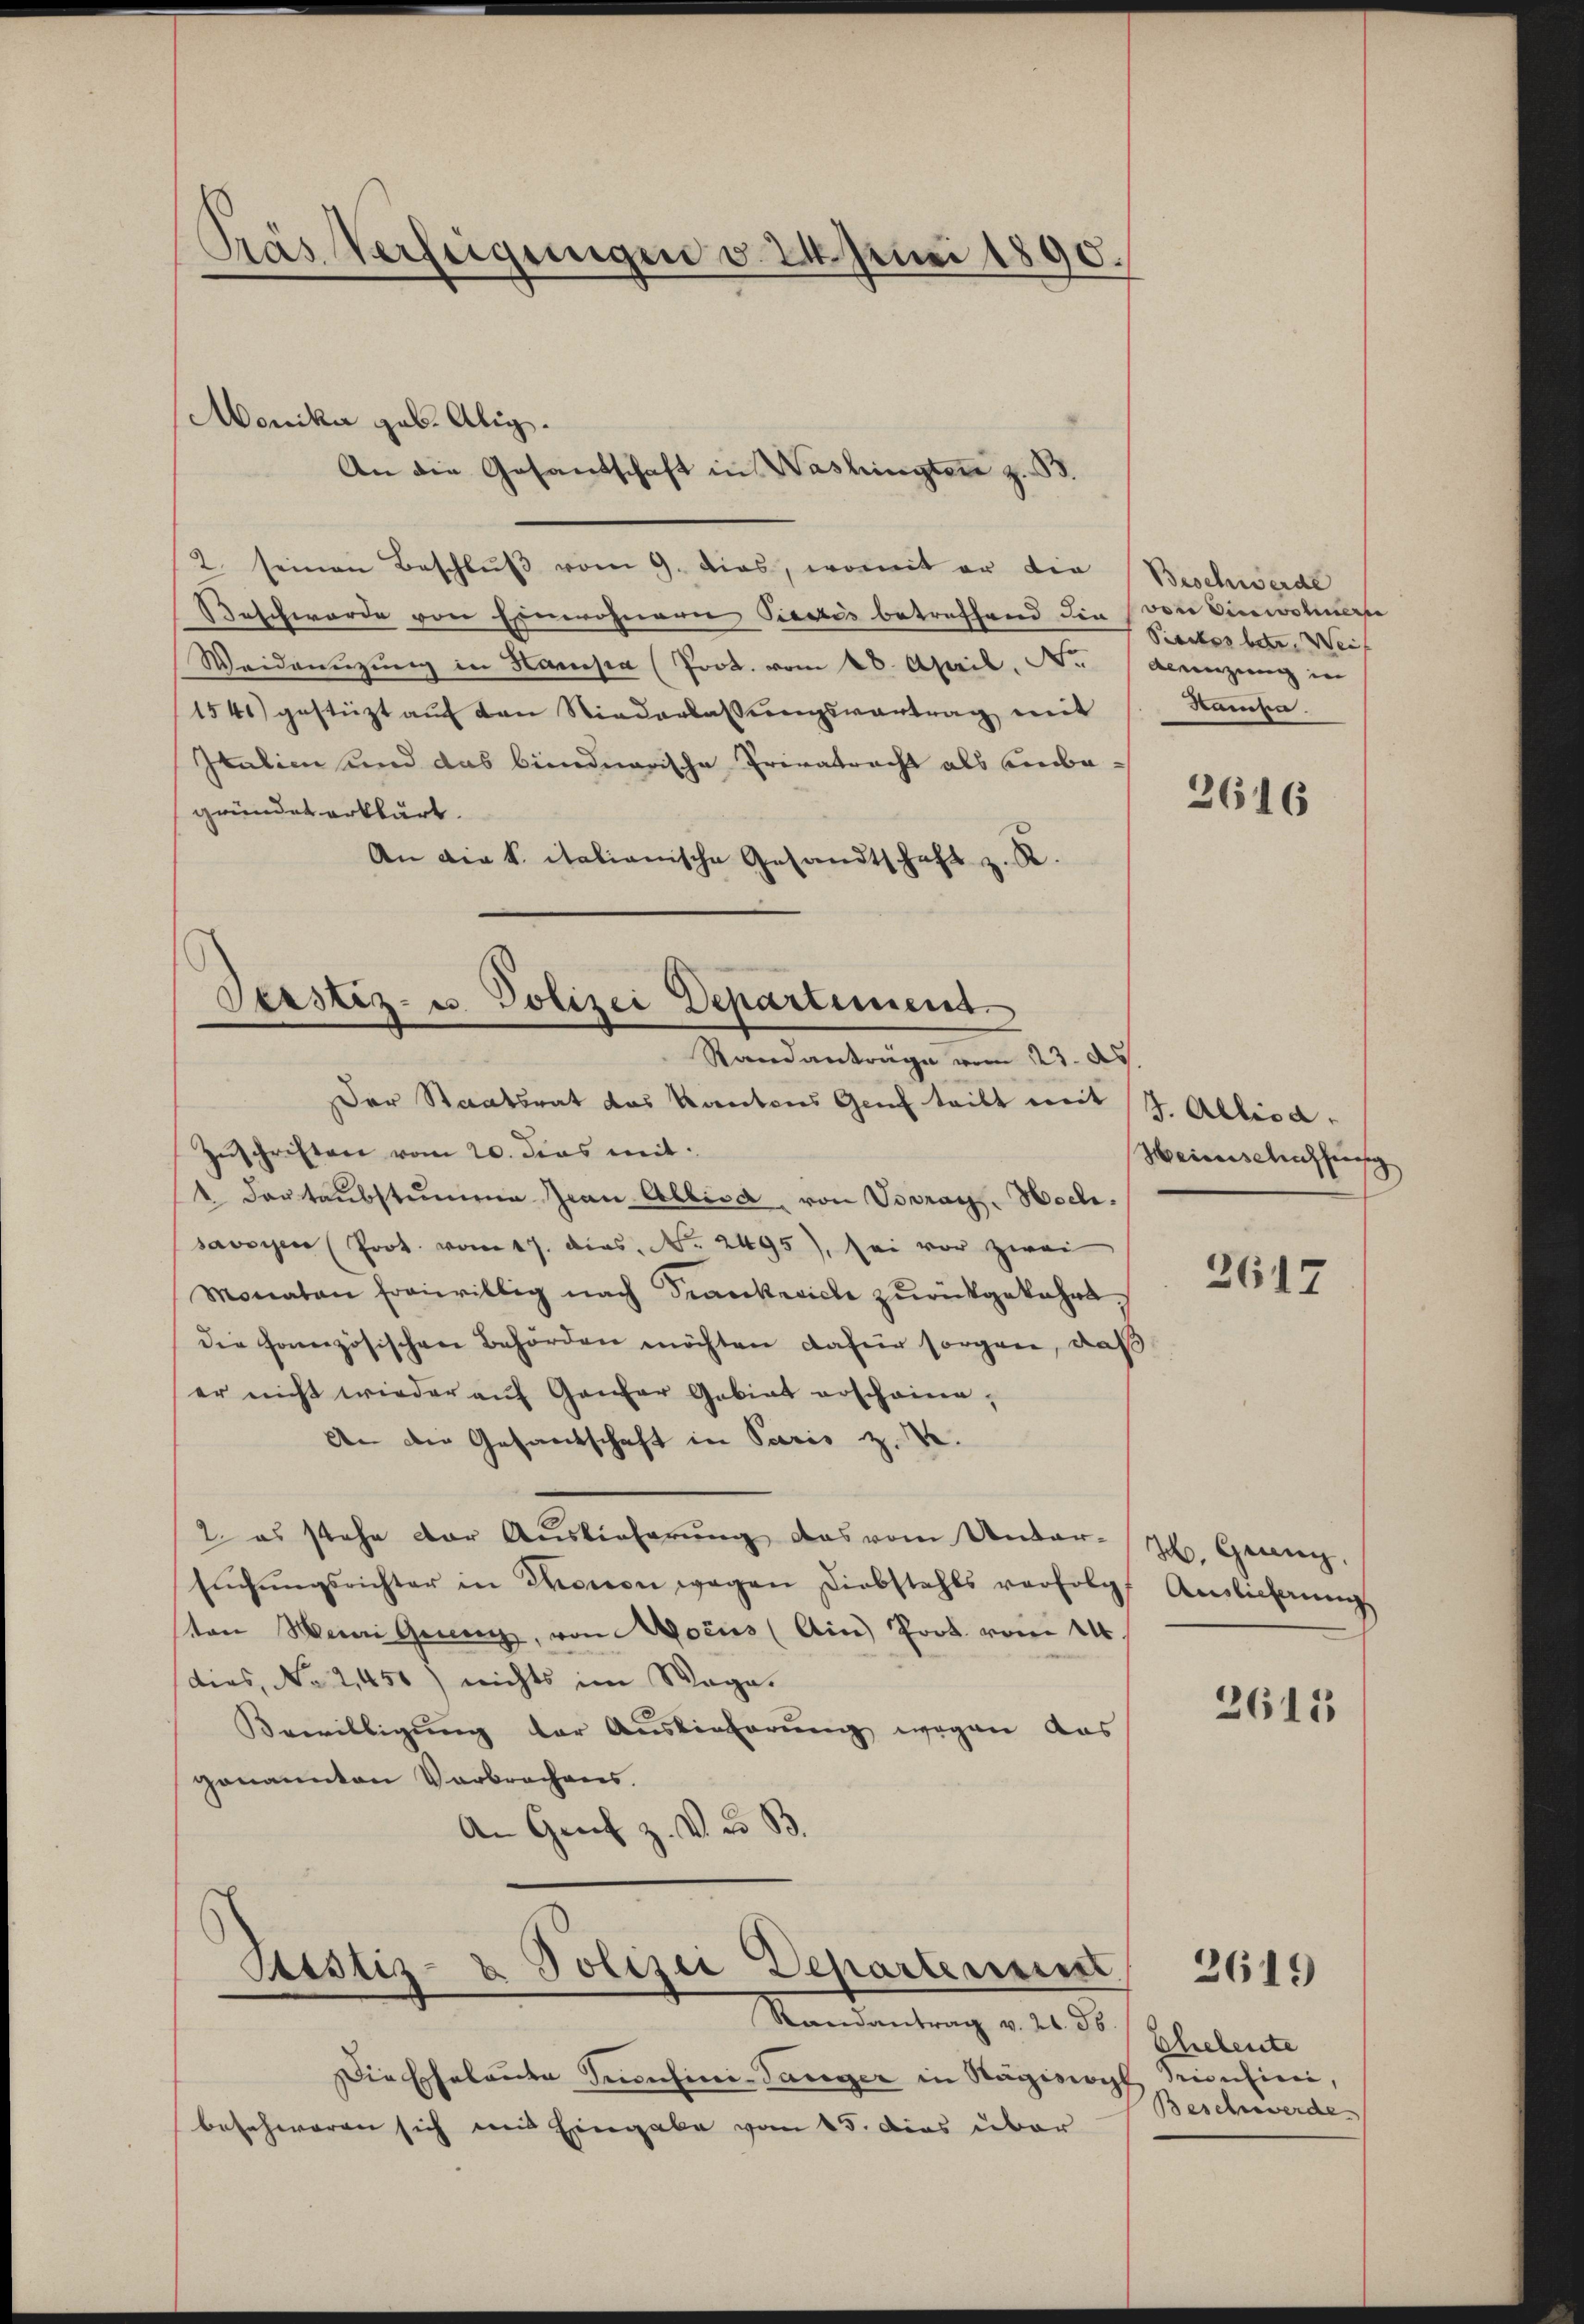
Prás Verfeigungen v. 24. Juni 1890.

Monika geb. Alig.
An die Gesandschaft in Washingten z. B

2. seinen Beschluß vom 9. dies, womit er die
Beschworde von Einwohnere Piectis betreffend die von Einwohnerse
Weidenzung in Hampa (Joot. vom 28. April, N.
1541) gestützt aŭf den Niederlassŭngsvertrag mit
Italien und das bündnerische Privatracht als Einbegründet erklärt.
An die k. italianische Gesandtschaft z. R.
Der Staatsrat das Kantons Genf teilt mit J. Allica¬
Zŭschriften vom 20. dies mit
 Dartaubstumme Jean Albisa, von Vorar. Hochsavoyen (Prot. vom 17. dies. No. 2495), sei vor zwei
Monaten freiwillig nach Trankovich zurückgekehrt
die fonnzösischen Behörden möchten dafür sorgen, daß
er nicht wieder auf Genfer Gebiet erscheine,
An der Gesandschaft in Paris z.
2. es stehe der Auslieferung das vom Unter-
sŭchŭngsrichter in Kronen wegen Diebstahls verfolgt
ton Mein Gener, von Aocus (Ain Prot. vom 14.
(dias, No 2,450) nichts im Wage.
Bewilligung der Auslieferung wegen das
genannten Verbrochens
An Genf z. V. B.

Jesstiz- u. Polizei Departement
Randanträge vom 23. d.

Sistiz- & Polizei Departerun
Randantrag v. 21. ds.

Die Eheleute Inculini-Tänger in Nägiswyl Trienlini,
beschweren sich und Eingabe vom 15. Das über

Beschwerde
Sieckes betr. Weis
Beeinzung in
kamen.

2616

Heienischeichherig

2617

H. Grenz,
Auslieferung

2615

Eheleute
Beschwerde

2619